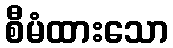
စီမံထားသော